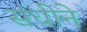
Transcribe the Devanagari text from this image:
संधीने